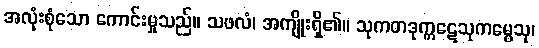
အလုံးစုံသော ကောင်းမှုသည်။ သဖလံ၊ အကျိုးရှိ၏။ သုကတဒုက္ကဋေသုကမ္မေသု၊